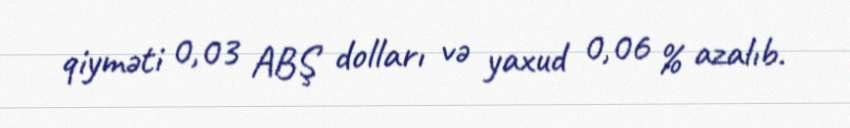
qiyməti 0,03 ABŞ dolları və yaxud 0,06 % azalıb.